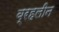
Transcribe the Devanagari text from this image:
ब्रहलीन